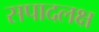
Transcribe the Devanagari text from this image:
सपादलक्ष